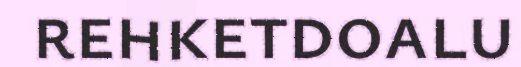
rehketdoalu